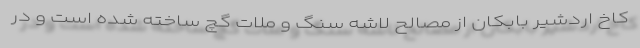
کاخ اردشیر بابکان از مصالح لاشه سنگ و ملات گچ ساخته شده است و در